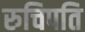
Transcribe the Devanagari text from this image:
रुचिपति